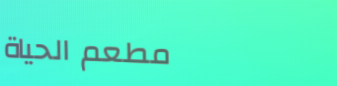
مطعم الحياة